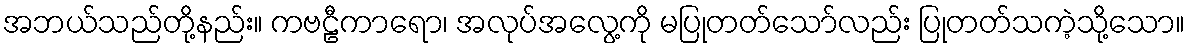
အဘယ်သည်တို့နည်း။ ကဗဠီကာရော၊ အလုပ်အလွေ့ကို မပြုတတ်သော်လည်း ပြုတတ်သကဲ့သို့သော။